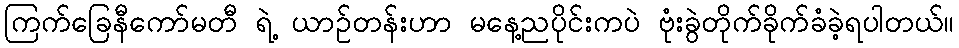
ကြက်ခြေနီကော်မတီ ရဲ့ ယာဉ်တန်းဟာ မနေ့ညပိုင်းကပဲ ဗုံးခွဲတိုက်ခိုက်ခံခဲ့ရပါတယ်။